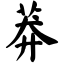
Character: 莽